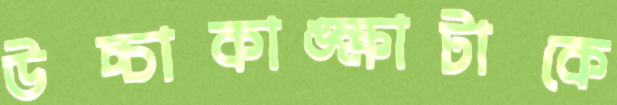
উচ্চাকাঙ্ক্ষাটাকে